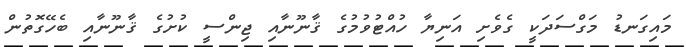
މައިގަނޑު މަގްސަދަކީ ގެވެށި އަނިޔާ ހުއްޓުވުމުގެ ޤާނޫނާއި ޖިންސީ ކުށުގެ ޤާނޫނާއި ބެހޭގޮތުން